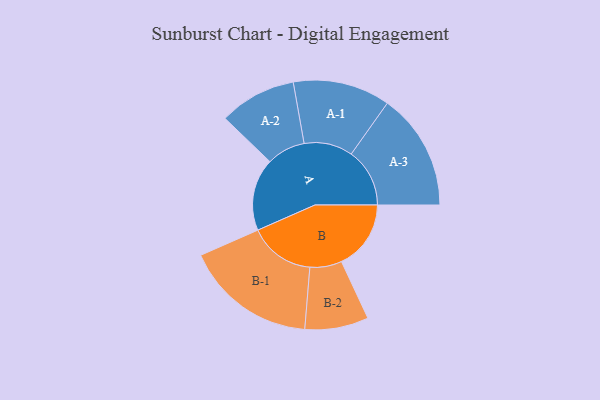
{"axis": {"x": "Segment", "y": "Value"}, "legend": ["", "A", "B"], "data": [{"x": "A", "y": 302, "type": ""}, {"x": "B", "y": 290, "type": ""}, {"x": "A-1", "y": 203, "type": "A"}, {"x": "A-2", "y": 161, "type": "A"}, {"x": "A-3", "y": 244, "type": "A"}, {"x": "B-1", "y": 275, "type": "B"}, {"x": "B-2", "y": 133, "type": "B"}]}